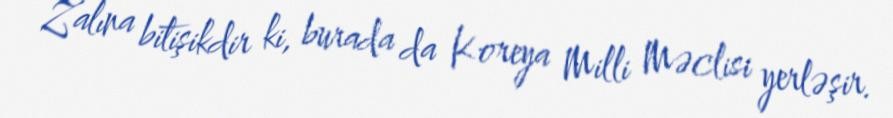
Zalına bitişikdir ki, burada da Koreya Milli Məclisi yerləşir.